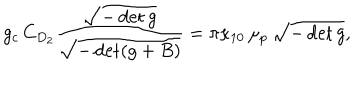
g _ { c } \, C _ { D _ { 2 } } \frac { \sqrt { - \det g } } { \sqrt { - \det ( g + B ) } } = \pi \kappa _ { 1 0 } \, \mu _ { p } \, \sqrt { - \det g } ,